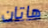
هاتان